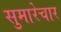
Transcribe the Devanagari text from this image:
सुमारेचार